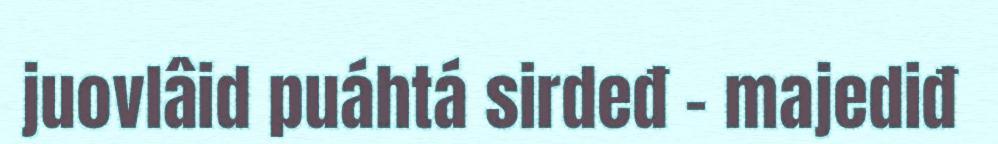
juovlâid puáhtá sirdeđ - majediđ